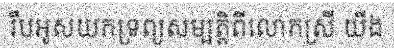
រឹបអូសយកទ្រព្យសម្បត្តិពីលោកស្រី យីង